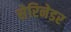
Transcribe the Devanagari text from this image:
सेरिनेडर